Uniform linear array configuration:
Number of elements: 32
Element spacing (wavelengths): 1
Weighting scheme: exponential
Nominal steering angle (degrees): -30
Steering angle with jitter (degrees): -28.197
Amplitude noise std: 0.05
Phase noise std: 0.05

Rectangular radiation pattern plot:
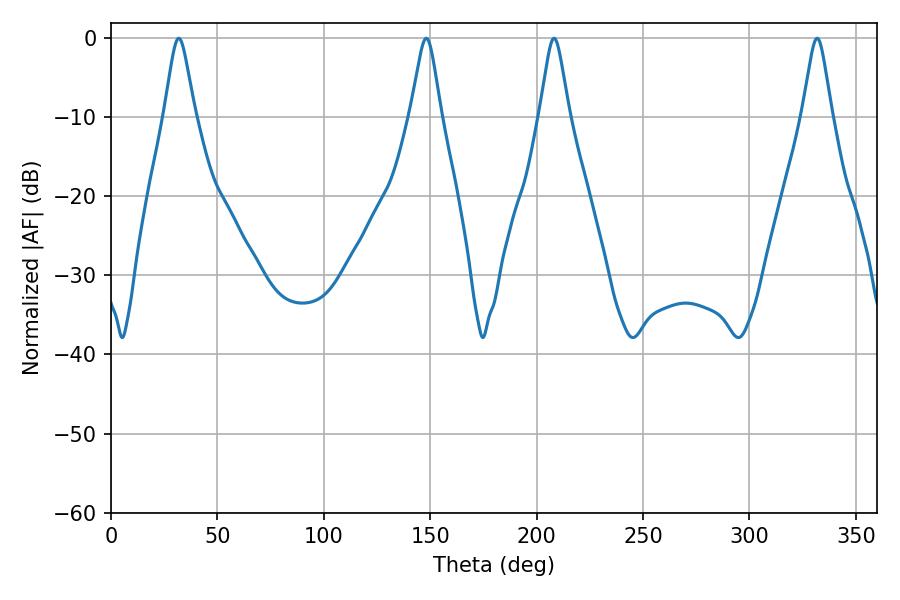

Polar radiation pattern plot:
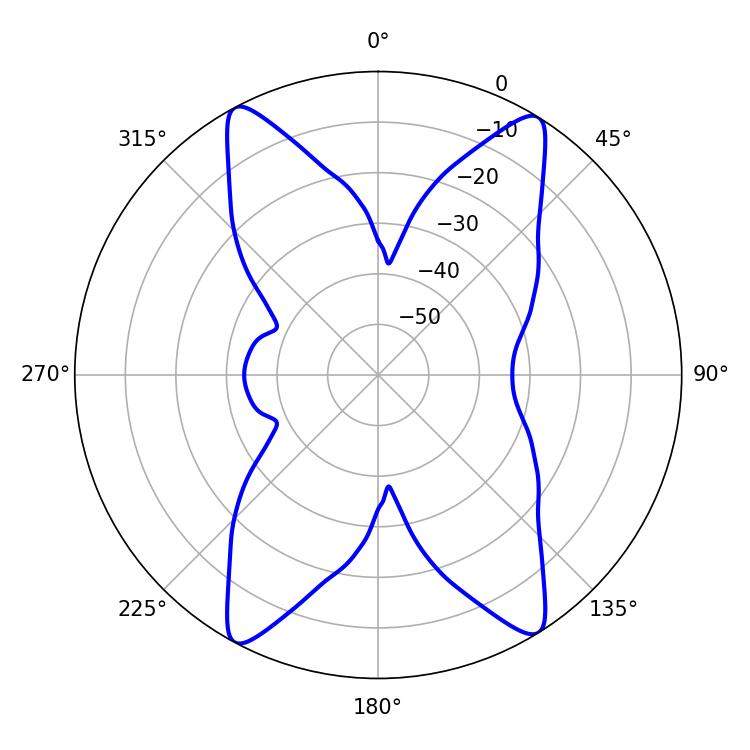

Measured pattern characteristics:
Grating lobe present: TRUE
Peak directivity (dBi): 19.083
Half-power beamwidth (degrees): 6.84
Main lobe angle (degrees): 148.14